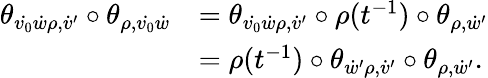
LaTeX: \begin{array}{rl}{\theta_{\dot{v_{0}}\dot{w}\rho,\dot{v}^{\prime}}\circ\theta_{\rho,\dot{v_{0}}\dot{w}}}&{=\theta_{\dot{v_{0}}\dot{w}\rho,\dot{v}^{\prime}}\circ\rho(t^{-1})\circ\theta_{\rho,\dot{w}^{\prime}}}\\ &{=\rho(t^{-1})\circ\theta_{\dot{w}^{\prime}\rho,\dot{v}^{\prime}}\circ\theta_{\rho,\dot{w}^{\prime}}.}\end{array}